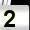
Digit: 2